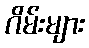
ဂိမ်းများ